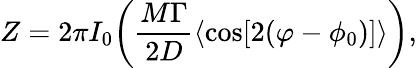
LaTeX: Z=2\pi I_{0}\bigg(\frac{M\Gamma}{2D}\langle\cos[2(\varphi-\phi_{0})]\rangle\bigg),